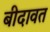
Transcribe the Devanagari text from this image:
बीदावत